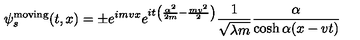
\psi _ { s } ^ { \mathrm { m o v i n g } } ( t , x ) = \pm e ^ { i m v x } e ^ { i t \left( \frac { \alpha ^ { 2 } } { 2 m } - \frac { m v ^ { 2 } } { 2 } \right) } \frac { 1 } { \sqrt { \lambda m } } \frac { \alpha } { \cosh \alpha ( x - v t ) }